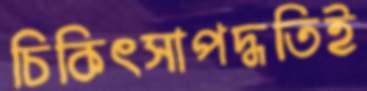
চিকিৎসাপদ্ধতিই